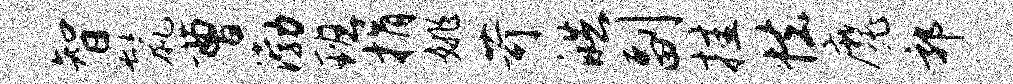
智鬣曹渤班捐姚苛皓副挂怯魔郭